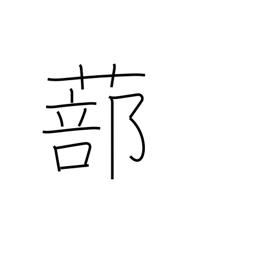
Meaning: latticed shutters